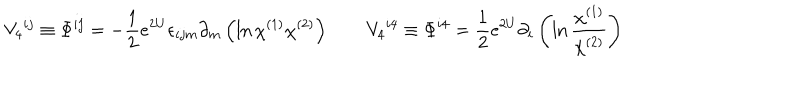
LaTeX: V _ { 4 } { } ^ { i j } \equiv \Phi ^ { i j } = - { \frac { 1 } { 2 } } e ^ { 2 U } \epsilon _ { i j m } \partial _ { m } \left( \ln \chi ^ { ( 1 ) } \chi ^ { ( 2 ) } \right) \qquad V _ { 4 } { } ^ { i 4 } \equiv \Phi ^ { i 4 } = { \frac { 1 } { 2 } } e ^ { 2 U } \partial _ { i } \left( \ln { \frac { \chi ^ { ( 1 ) } } { \chi ^ { ( 2 ) } } } \right)